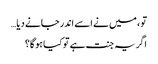
تو ، میں نے اسے اندر جانے دیا…
اگر یہ جنت ہے تو کیا ہوگا؟